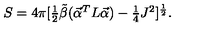
S = 4 \pi [ \textstyle { { \frac { 1 } { 2 } } } { \tilde { \beta } } ( \vec { \cal \alpha } ^ { T } L \vec { \cal \alpha } ) - \textstyle { { \frac { 1 } { 4 } } } J ^ { 2 } ] ^ { \frac { 1 } { 2 } } .